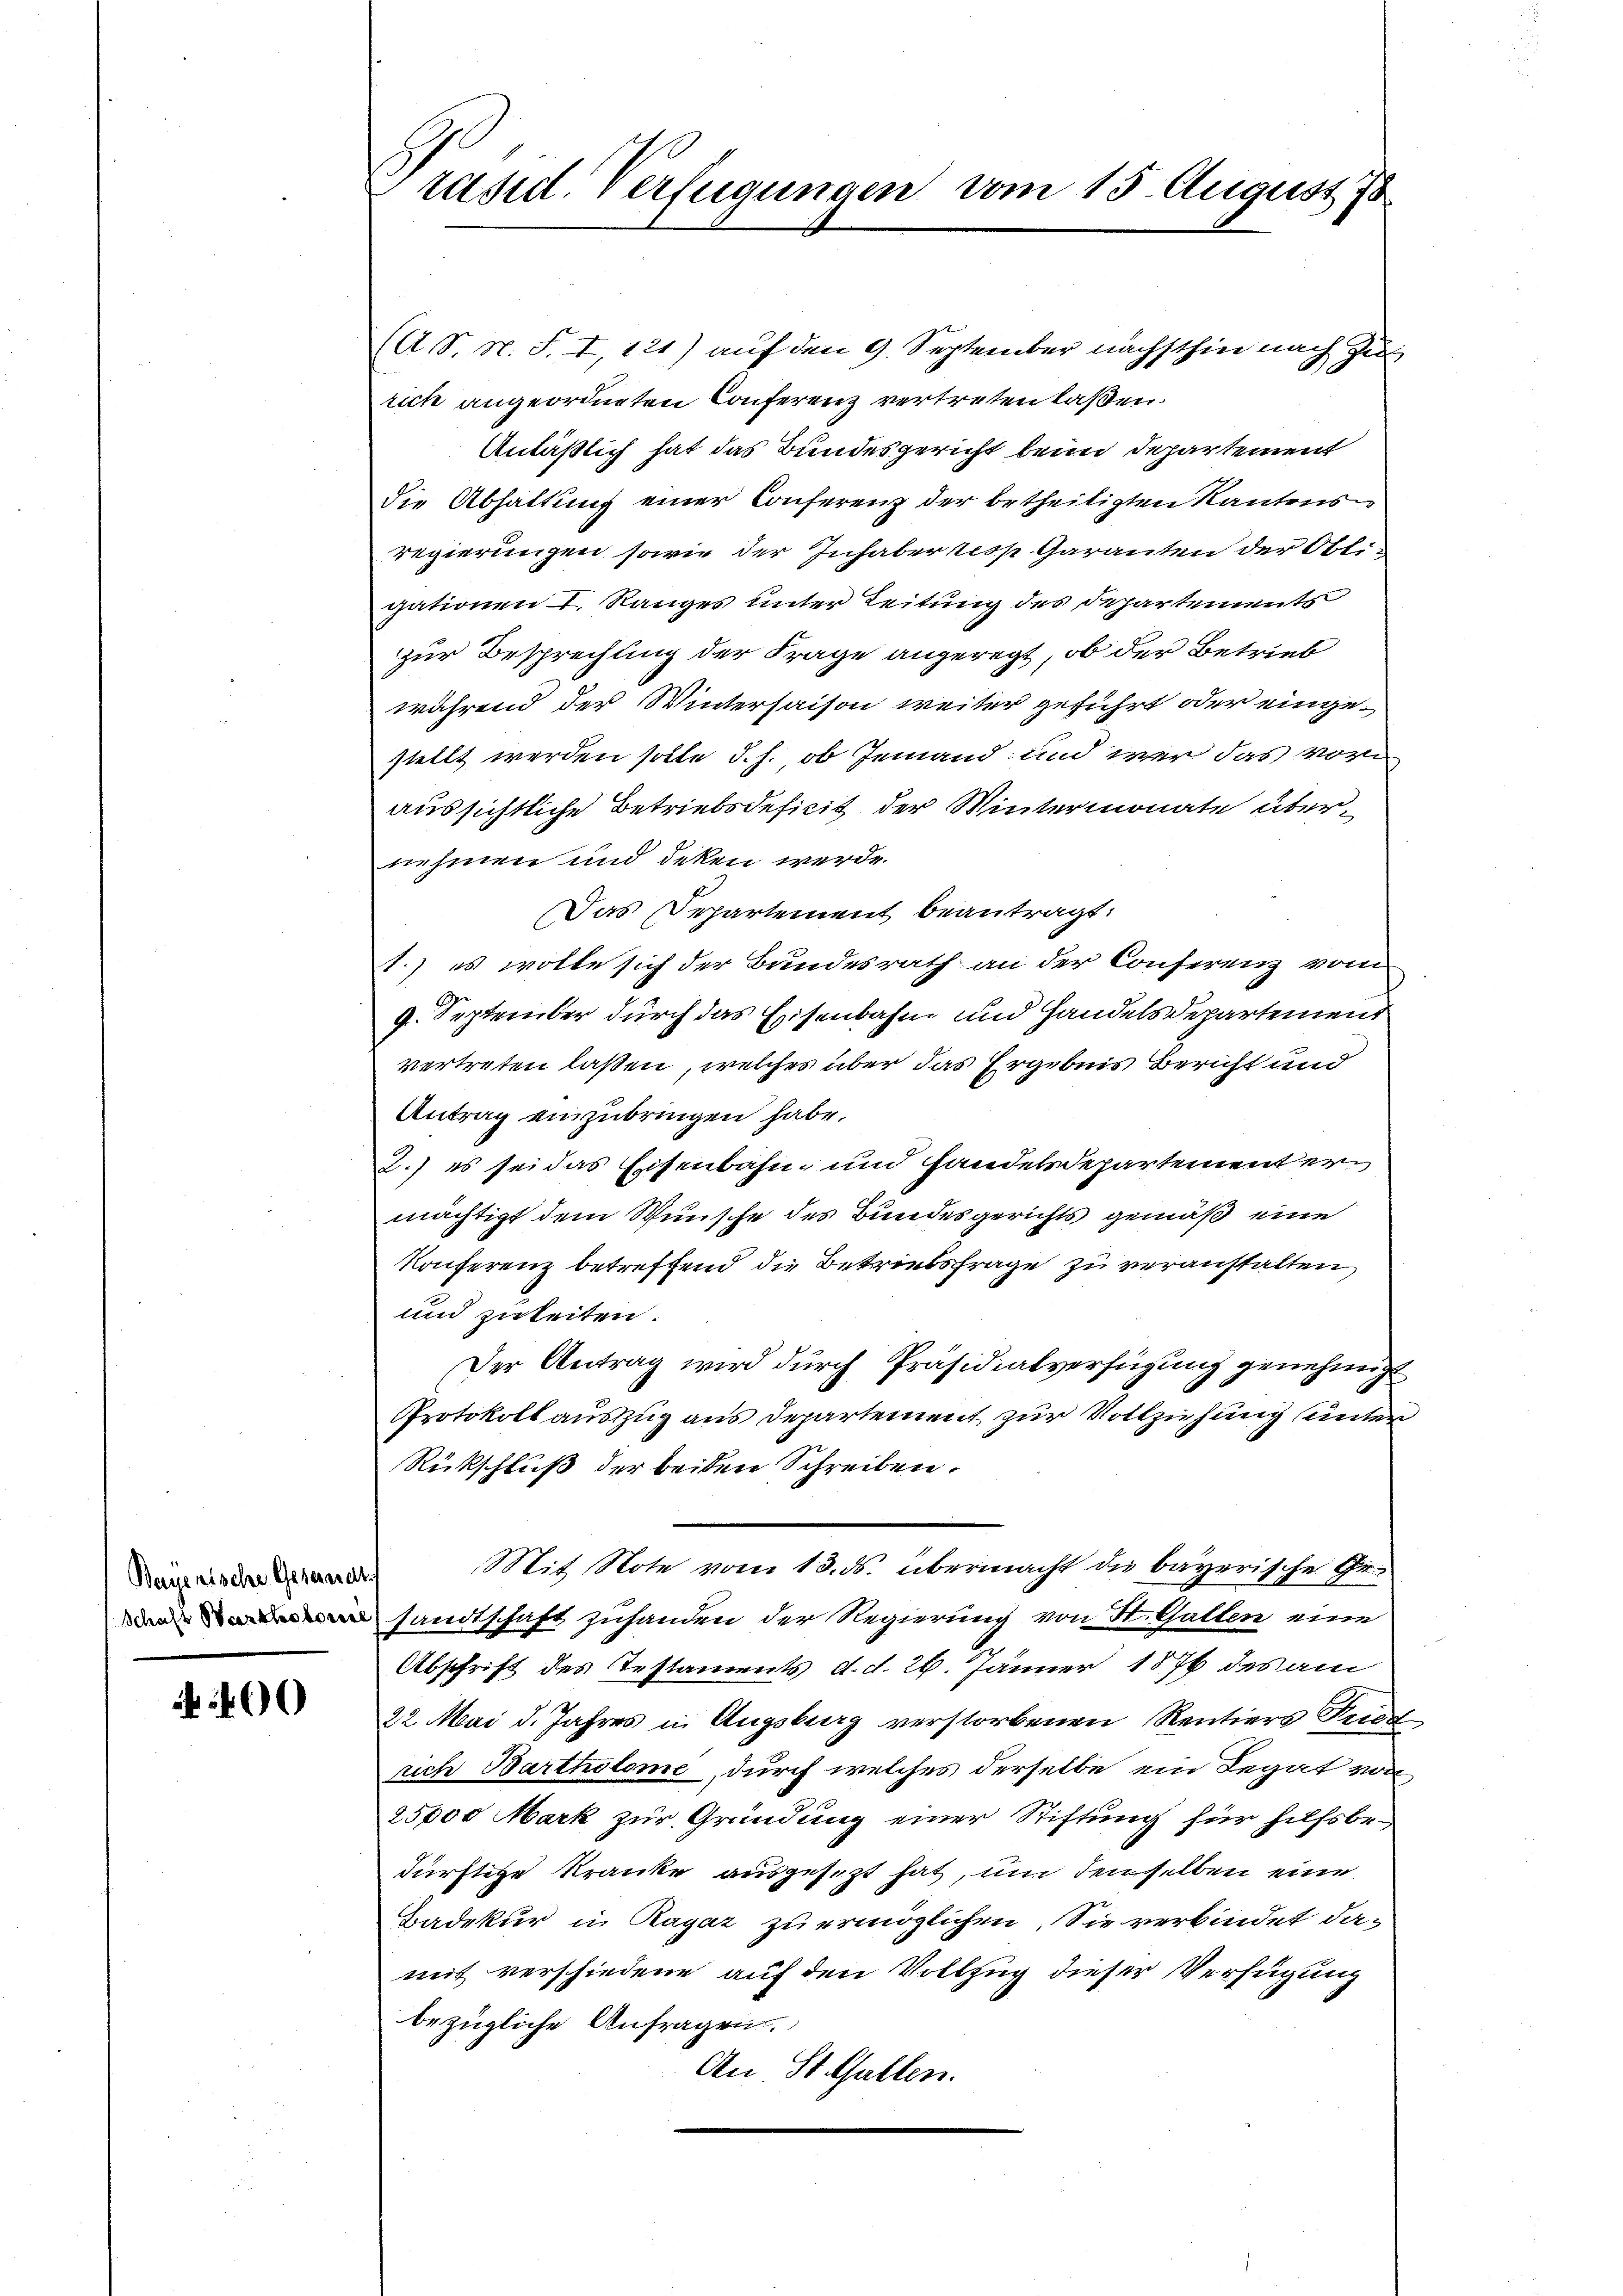
Bayerische Gesandt

4 400

(A S. N. S. I, 121) auf den 9. September nächsthin nach Zu
rich angeordneten Conferenz vertreten laßen.
Anläßlich hat das Bundesgericht beim Departement
die Abhaltung einer Conferenz der betheiligten Kantons
regierungen sowie der Inhaber resp Garanten der Ott.
gationen I. Ranges unter Leitung des Departements
zur Besprechung der Frage angeregt, ob der Betrieb
während der Wintersaison weiter geführt oder eingestellt werden solle d. h., ob Jemand und wer das vor
aussichtliche Betriebsdeficit der Wintermonate übernehmen und deken werde.
Das Departement beantragt.
1.) es wolle sich der Bundesrath an der Conferenz vom
9. September durch das Eisenbahn und Handels Departement
vertreten laßen, welches über das Ergebnis Bericht und
Antrag einzubringen habe.
2.) es sei das Eisenbahn und Handelsdepartementermächtigt dem Wunsche des Bundesgerichts gemäß eine
Konferenz betreffend die Betriebsfrage zu veranstalten
und zuleiten.
Der Antrag wird durch Präsidialverfügung genehmigt
Protokoll auszug aus Departement zur Vollziehung unter
Rückschluß der beiden Schreiben.
Mit Note vom 13. ds. übermacht die bayerische Gesandtschaft zuhanden der Regierung von St. Gallen eine
Abschrift des Testaments d.d. 26. Jänner 1876 des am
22. Mai d. Jahres in Augsburg verstorbenen Rentiers Triest
rich Bartholome, durch welches derselbe ein Legat von
25,000 Mark zur Gründung einer Stiftung für hilfsbe-
dürftitze Kranke ausgesezt hat, um denselben eine
Badekur in Ragaz zu ermöglichen. Sie verbindet damit verschiedene auf den Vollzug dieser Verfügung
bezügliche Anfragen.
An St. Gallen.

räsid. Verfügungen vom 15. August 18